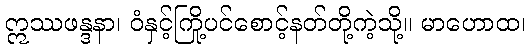
ဣဿဖန္ဒနာ၊ ဝံနှင့်ကြို့ပင်စောင့်နတ်တို့ကဲ့သို့။ မာဟောထ၊